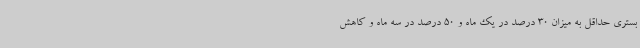
بستری حداقل به میزان 30 درصد در یک ماه و 50 درصد در سه ماه و کاهش